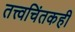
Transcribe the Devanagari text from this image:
तत्त्वचिंतकही